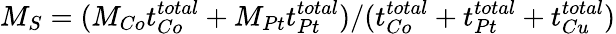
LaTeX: M_{S}=(M_{Co}t_{Co}^{total}+M_{Pt}t_{Pt}^{total})/(t_{Co}^{total}+t_{Pt}^{total}+t_{Cu}^{total})